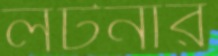
লটনার